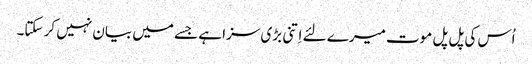
اُس کی پل پل موت میرے لئے اِتنی بڑی سزا ہے جسے میں بیان نہیں کر سکتا۔